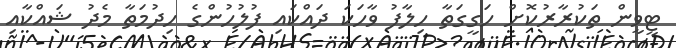
ޓީވީން ތަކުރާރުކޮށް ހަގީގަތާ ހިލާފު ވާހަކަ ދައްކައި ފުލުހުންގެ ހިދުމަތާ މެދު ޝައްކާއި